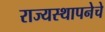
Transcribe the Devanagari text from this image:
राज्यस्थापनेचे